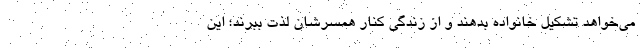
می‌خواهد تشکیل خانواده بدهند و از زندگی کنار همسرشان لذت ببرند؛ این